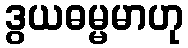
ဒွယဓမ္မမာဟု